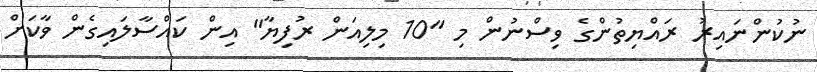
ނުކުންނައިރު ރައްޔިތުންގެ ވިސްނުން މި "10 މިލިއަން ރުފިޔާ" އިން ކައްސާލައިގެން ވާކަށް